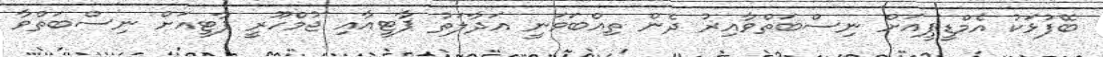
ބޭފުޅަކު އެމްޑީޕީއަށް ނިސްބަތްވާއިރު ދެން ތިއްބަވަނީ އަދާލަތު ޕާޓީއާއި ޖުމްހޫރީ ޕާޓީއަށް ނިސްބަތްވާ